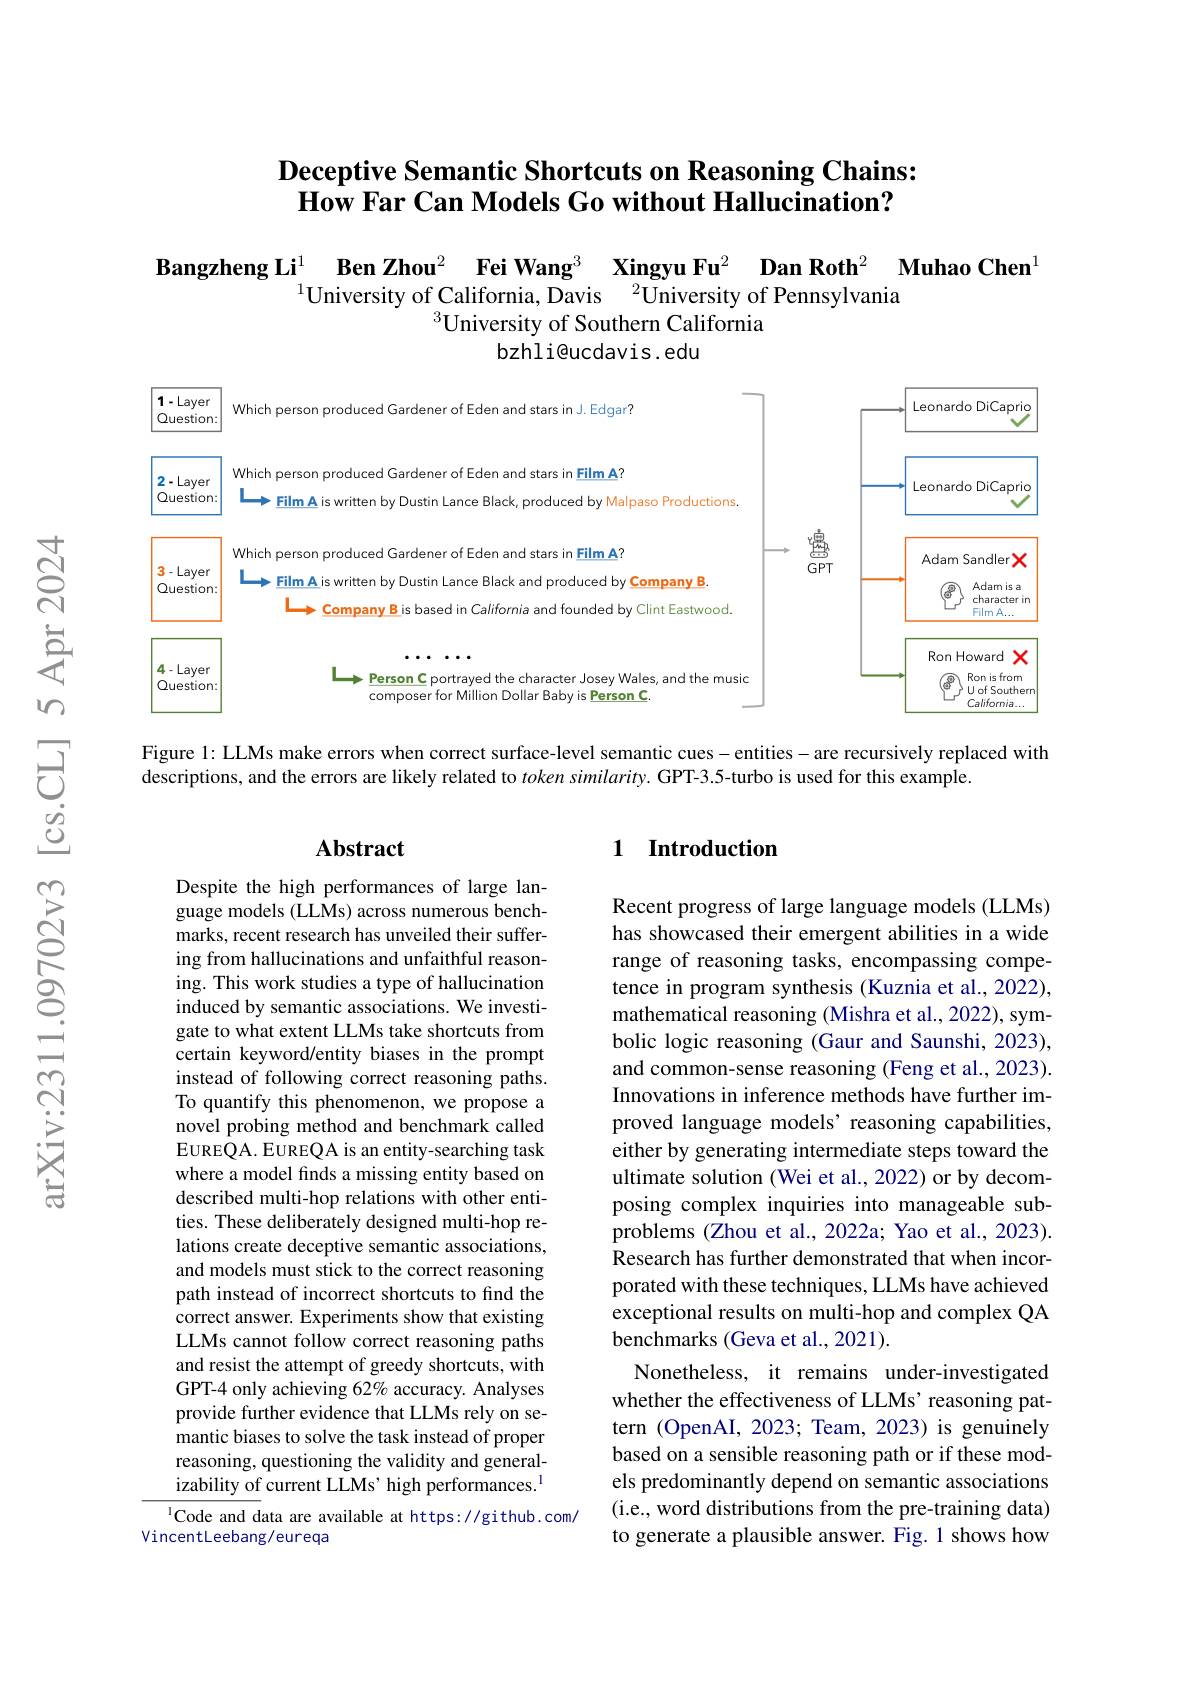
### $\textbf{Deceptive Semantic Shortcuts on Reasoning Chains: }$ $\textbf{How Far Can Models Go without Hallucination? }$

$\textbf{Bangzheng Li}_{1\text{University of California, Davis }^2}_{\text{University of California, Davis }^2}$University of Pennsylvania
$^{3}$University of Southern California
bzhli@ucdavis.edu

<FigureHere>

Figure 1: LLMs make errors when correct surface-level semantic cues -entities -are recursively replaced with

descriptions, and the errors are likely related to token similarity. GPT-3.5-turbo is used for this example.

### $\mathbf{Abstract}$

### 1 Introduction

Despite the high performances of large language models (LLMs) across numerous benchmarks, recent research has unveiled their suffering from hallucinations and unfaithful reasoning. This work studies a type of hallucination induced by semantic associations. We investigate to what extent LLMs take shortcuts from certain keyword/entity biases in the prompt instead of following correct reasoning paths. To quantify this phenomenon, we propose a novel probing method and benchmark called EUREQA. EUREQA is an entity-searching task where a model finds a missing entity based on described multi-hop relations with other entities. These deliberately designed multi-hop relations create deceptive semantic associations, and models must stick to the correct reasoning path instead of incorrect shortcuts to find the correct answer. Experiments show that existing LLMs cannot follow correct reasoning paths and resist the attempt of greedy shortcuts, with GPT-4 only achieving 62% accuracy. Analyses provide further evidence that LLMs rely on semantic biases to solve the task instead of proper reasoning, questioning the validity and generalizability of current LLMs’high performances.$^{\mathrm{l}}$ ICode and data are available at https://github.com/

Recent progress of large language models (LLMs) has showcased their emergent abilities in a wide range of reasoning tasks, encompassing competence in program synthesis (Kuznia et al., 2022), mathematical reasoning (Mishra et al., 2022), symbolic logic reasoning (Gaur and Saunshi, 2023), and common-sense reasoning (Feng et al., 2023). Innovations in inference methods have further improved language models’ reasoning capabilities, either by generating intermediate steps toward the ultimate solution (Wei et al., 2022) or by decomposing complex inquiries into manageable subproblems (Zhou et al., 2022a; Yao et al., 2023). Research has further demonstrated that when incorporated with these techniques, LLMs have achieved exceptional results on multi-hop and complex QA benchmarks (Geva et al., 2021).
Nonetheless, it remains under-investigated whether the effectiveness of LLMs' reasoning pattern (OpenAI, 2023; Team, 2023) is genuinely based on a sensible reasoning path or if these models predominantly depend on semantic associations (i.e., word distributions from the pre-training data) to generate a plausible answer. Fig. 1 shows how

VincentLeebang/eureqa